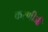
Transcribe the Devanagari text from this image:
करणीजी